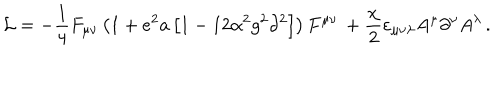
{ \cal L } = - \frac { 1 } { 4 } F _ { \mu \nu } \left( { 1 + e ^ { 2 } a \left[ { 1 - 1 2 \alpha ^ { 2 } g ^ { 2 } \partial ^ { 2 } } \right] } \right) F ^ { \mu \nu } \, + \frac { \chi } { 2 } \varepsilon _ { \mu \nu \lambda } A ^ { \mu } \partial ^ { \nu } A ^ { \lambda } \, .